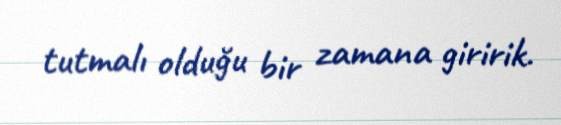
tutmalı olduğu bir zamana giririk.